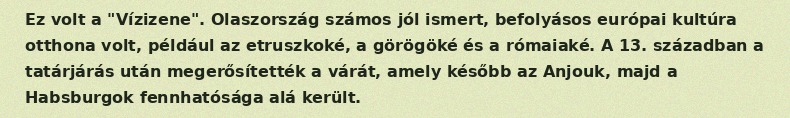
Ez volt a "Vízizene". Olaszország számos jól ismert, befolyásos európai kultúra otthona volt, például az etruszkoké, a görögöké és a rómaiaké. A 13. században a tatárjárás után megerősítették a várát, amely később az Anjouk, majd a Habsburgok fennhatósága alá került.